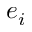
e _ { i }